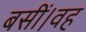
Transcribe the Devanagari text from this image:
बसीं।वह